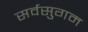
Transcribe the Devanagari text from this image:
सर्वसुगम